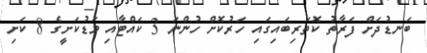
ބަނޑުދަށް ފަރާތު ކޮތަރިބައިގައި ހަރުކޮށް ހުންނަ 3 ކައްޓާއި މަޑުކަށީގެ 8 ކަށި